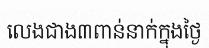
លេងជាង៣ពាន់នាក់ក្នុងថ្ងៃ